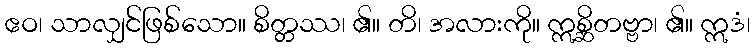
ဧဝ၊ သာလျှင်ဖြစ်သော။ စိတ္တဿ၊ ၏။ တိ၊ အလားကို။ ဣစ္ဆိတဗ္ဗာ၊ ၏။ ဣဒံ၊